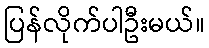
ပြန်လိုက်ပါဦးမယ်။